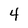
Character: 4